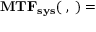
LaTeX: \mathbf { M T F _ { s y s } ( \xi , \eta ) = }